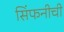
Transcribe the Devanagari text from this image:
सिंफनीची